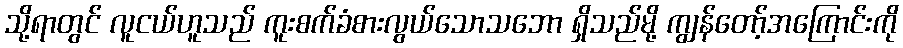
သို့ရာတွင် လူငယ်ဟူသည် ကူးစက်ခံစားလွယ်သောသဘော ရှိသည်မို့ ကျွန်တော့်အကြောင်းကို